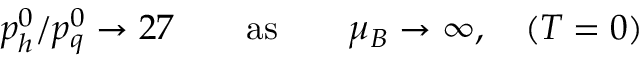
p _ { h } ^ { 0 } / p _ { q } ^ { 0 } \to 2 7 \qquad \mathrm { a s } \qquad \mu _ { B } \to \infty , \quad ( T = 0 )